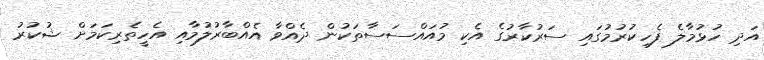
އަދި ހުޅުމާލެ ފެހިކުރުމުގައި ސަރުކާރުގެ އެކި މުއައްސަސާތަކުން ދެއްވާ އެއްބާރުލުމާއި އެހީތެރިކަމަށް ޝުކުރު